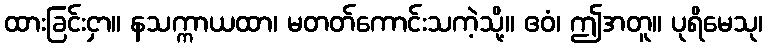
ထားခြင်းငှာ။ နသက္ကာယထာ၊ မတတ်ကောင်းသကဲ့သို့။ ဧဝံ၊ ဤအတူ။ ပုရိမေသု၊